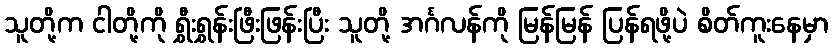
သူတို့က ငါတို့ကို ရွှီးရွှန်းဖြီးဖြန်းပြီး သူတို့ အင်္ဂလန်ကို မြန်မြန် ပြန်ရဖို့ပဲ စိတ်ကူးနေမှာ